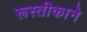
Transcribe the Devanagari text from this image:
रूस्तीकाने